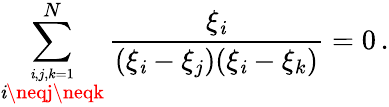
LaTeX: \sum_{\stackrel{\mathit{i},j,k=1}{\mathit{i}\neqj\neqk}}^{N}\frac{{\xi_{\mathit{i}}}}{{(\xi_{\mathit{i}}-\xi_{j})(\xi_{\mathit{i}}-\xi_{k})}}=0\, .